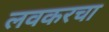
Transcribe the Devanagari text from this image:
लवकरचा